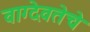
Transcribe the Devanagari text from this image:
वाग्देवतेचे